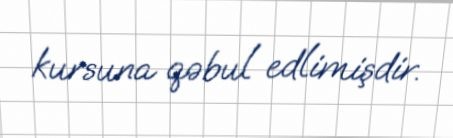
kursuna qəbul edlimişdir.